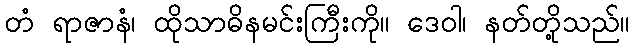
တံ ရာဇာနံ၊ ထိုသာဓိနမင်းကြီးကို။ ဒေဝါ၊ နတ်တို့သည်။